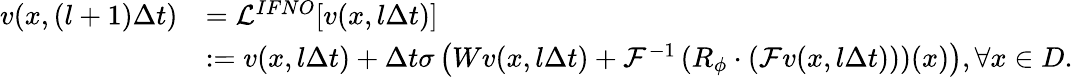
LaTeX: \begin{array}{rl}{{v}(x,(l+1)\Delta t)}&{=\mathcal{L}^{IFNO}[{v}({x},l\Delta t)]}\\ &{:={v}({x},l\Delta t)+\Delta t\sigma\left(W{v}({x},l\Delta t)+\mathcal{F}^{-1}\left(R_{\phi}\cdot\left(\mathcal{F}{v}({x},l\Delta t)\right)\right)(x)\right),\forall x\in D.}\end{array}